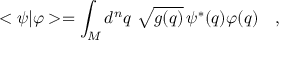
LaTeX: < \psi | \varphi > = \int _ { M } d ^ { n } q \ \sqrt { g ( q ) } \, \psi ^ { * } ( q ) \varphi ( q ) \ \ \ ,